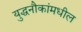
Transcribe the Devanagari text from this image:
युद्धनौकांमधील